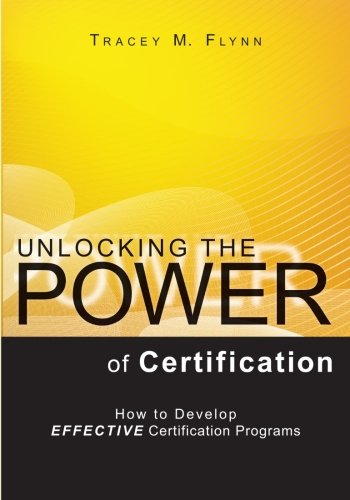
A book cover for Unlocking the Power of Certification: How to Develop Effective Certification Programs; Tracey M. Flynn; Medical Books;